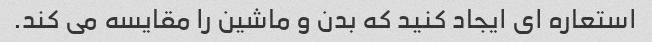
استعاره ای ایجاد کنید که بدن و ماشین را مقایسه می کند.